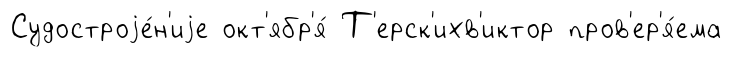
Судостроjе́н'иjе окт'ябр'я́ Т'ерск'ихв'иктор пров'ер'я́ема